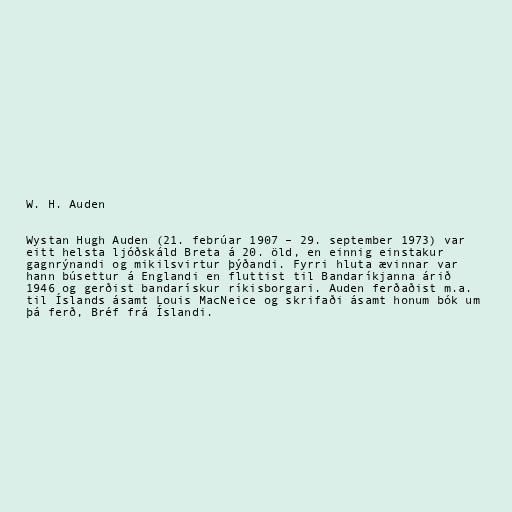
W. H. Auden

Wystan Hugh Auden (21. febrúar 1907 – 29. september 1973) var
eitt helsta ljóðskáld Breta á 20. öld, en einnig einstakur
gagnrýnandi og mikilsvirtur þýðandi. Fyrri hluta ævinnar var
hann búsettur á Englandi en fluttist til Bandaríkjanna árið
1946 og gerðist bandarískur ríkisborgari. Auden ferðaðist m.a.
til Íslands ásamt Louis MacNeice og skrifaði ásamt honum bók um
þá ferð, Bréf frá Íslandi.